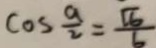
\cos \frac { a } { 2 } = \frac { \sqrt { 6 } } { 6 }